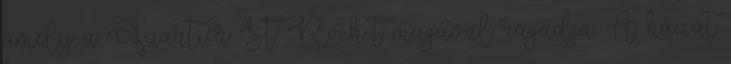
amely a Quartier St. Roch-t magával ragadja. A házat